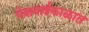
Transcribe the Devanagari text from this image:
पेशवाईकाळात